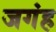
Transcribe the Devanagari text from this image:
जगंह